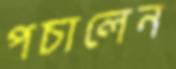
পচালেন